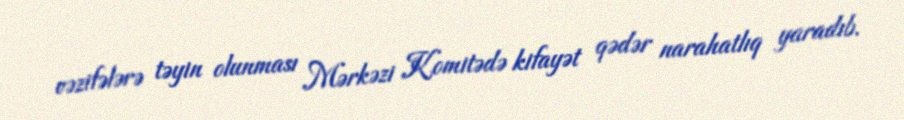
vəzifələrə təyin olunması Mərkəzi Komitədə kifayət qədər narahatlıq yaradıb.